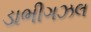
ડાભીગઝલ